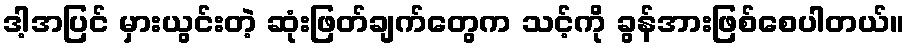
ဒါ့အပြင် မှားယွင်းတဲ့ ဆုံးဖြတ်ချက်တွေက သင့်ကို ခွန်အားဖြစ်စေပါတယ်။